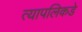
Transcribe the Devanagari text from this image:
त्यापलिकडे